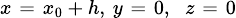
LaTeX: \scriptstyle x\; =\; x_{0}\, +\, h,\; y\; =\; 0,\; \; z\; =\; 0